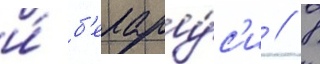
и́ б'елару́с'и // В